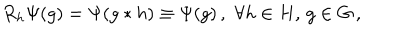
R _ { h } \Psi ( g ) = \Psi ( g * h ) \equiv \Psi ( g ) \, , \, \, \forall h \in H , \, g \in G \, ,